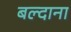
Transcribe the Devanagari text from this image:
बल्दाना